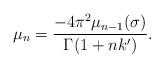
LaTeX: \begin{align*}\mu_n=\frac{-4\pi^2\mu_{n-1}(\sigma)}{\Gamma(1+nk')}.\end{align*}